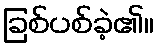
ခြစ်ပစ်ခဲ့၏။